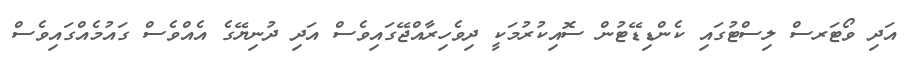
އަދި ވޯޓަރސް ލިސްޓުގައި ކެންޑިޑޭޓުން ސޮއިކުރުމަކީ ދިވެހިރާއްޖޭގައިވެސް އަދި ދުނިޔޭގެ އެއްވެސް ގައުމެއްގައިވެސް